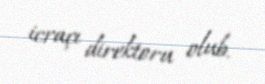
icraçı direktoru olub.